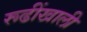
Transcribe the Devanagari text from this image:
रूढींखाली